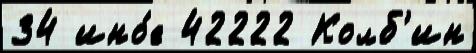
34 ино́е 42222 Колб'ин